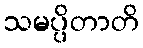
သမပ္ပိတာတိ